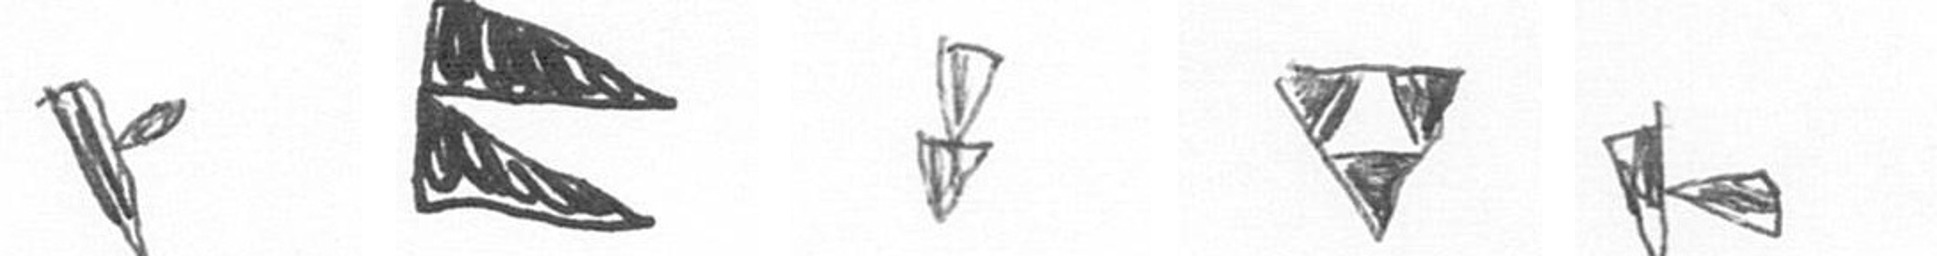
F P Z S F